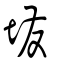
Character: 墢